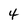
Character: 4